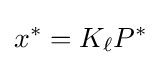
x^{\ast }=K_{\ell }P^{\ast }